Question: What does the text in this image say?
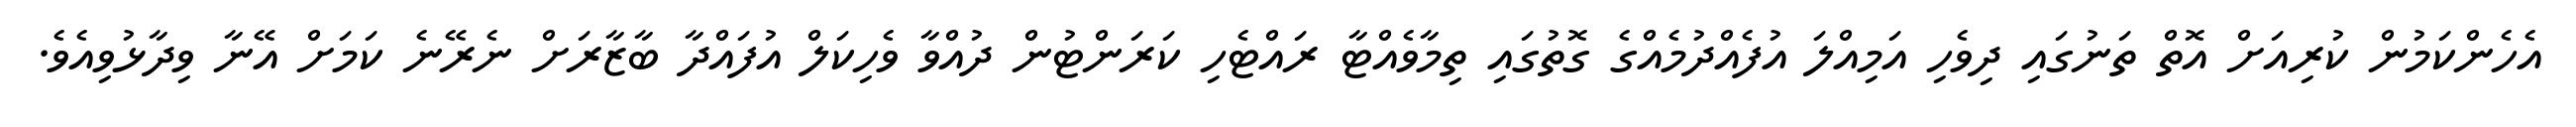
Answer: އެހެންކަމުން ކުރިއަށް އޮތް ތަނުގައި ދިވެހި އަމިއްލަ އުފެއްދުމެއްގެ ގޮތުގައި ތިމާވެއްޓާ ރައްޓެހި ކަރަންޓުން ދުއްވާ ވެހިކަލް އުފައްދާ ބާޒާރަށް ނެރޭނެ ކަމަށް އޭނާ ވިދާޅުވިއެވެ.